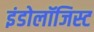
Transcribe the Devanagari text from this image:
इंडोलॉजिस्ट